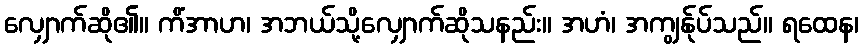
လျှောက်ဆို၏။ ကိံအာဟ၊ အဘယ်သို့လျှောက်ဆိုသနည်း။ အဟံ၊ အကျွန်ုပ်သည်။ ရထေန၊